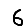
Digit: 6